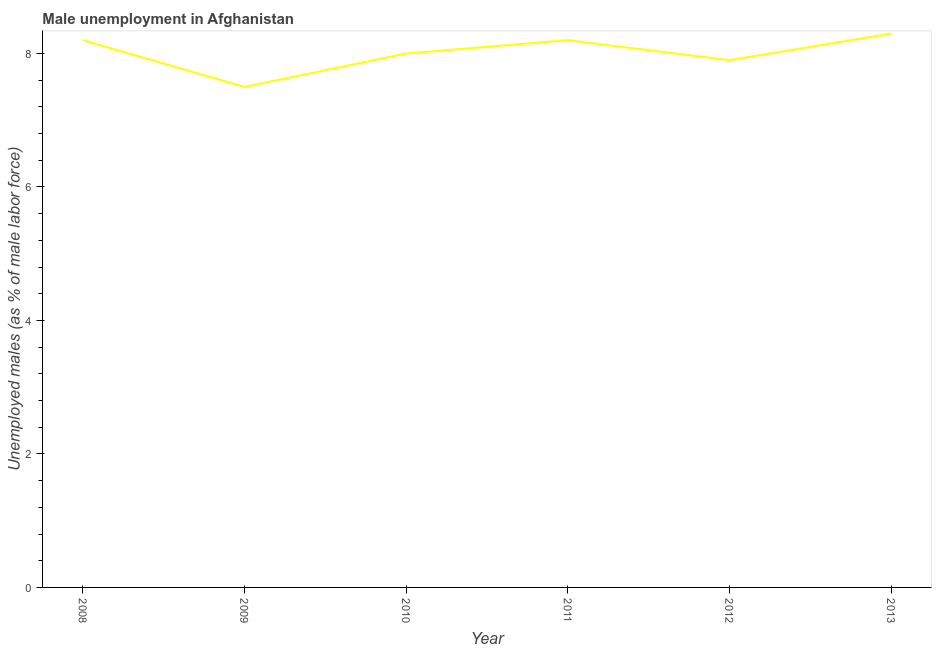
| Year | Unemployment |
 | --- | --- |
 | 2008 | 8.2 |
 | 2009 | 7.5 |
 | 2010 | 8 |
 | 2011 | 8.2 |
 | 2012 | 7.9 |
 | 2013 | 8.3 |